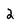
Character: 2